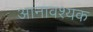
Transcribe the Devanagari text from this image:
आनावश्यक